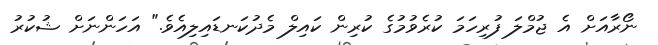
ނޯރާއަށް އެ ޖުމްލަ ފުރިހަމަ ކުރެވުމުގެ ކުރިން ކައިލް މެދުކަނޑައިލިއެވެ." އަހަންނަށް ޝުކުރު